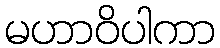
မဟာဝိပါကာ